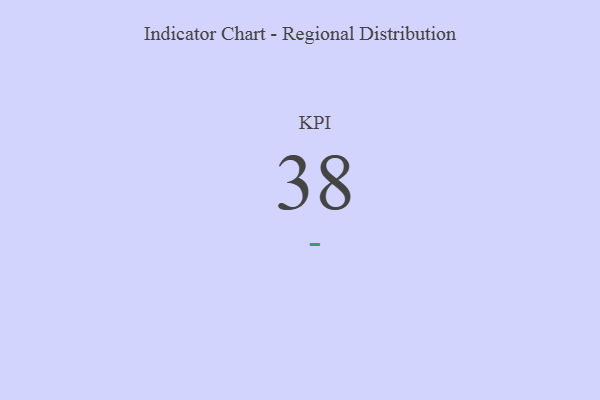
{"axis": {"x": "KPI", "y": "Value"}, "legend": [""], "data": [{"x": "KPI", "y": 38, "type": ""}]}